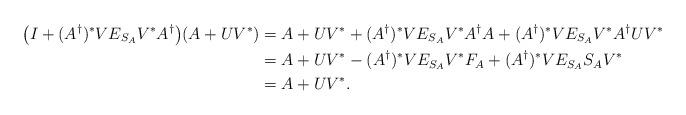
LaTeX: \begin{align*}\big(I+(A^{\dagger})^{\ast}VE_{S_{A}}V^{\ast}A^{\dagger}\big)(A+UV^{\ast})&=A+UV^{\ast}+(A^{\dagger})^{\ast}VE_{S_{A}}V^{\ast}A^{\dagger}A+(A^{\dagger})^{\ast}VE_{S_{A}}V^{\ast}A^{\dagger}UV^{\ast}\\&=A+UV^{\ast}-(A^{\dagger})^{\ast}VE_{S_{A}}V^{\ast}F_{A}+(A^{\dagger})^{\ast}VE_{S_{A}}S_{A}V^{\ast}\\&=A+UV^{\ast}.\end{align*}